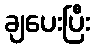
ချပေးပြီး